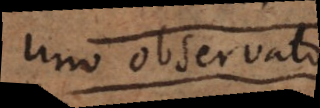
sive observatio